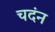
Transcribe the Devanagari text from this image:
चदंन